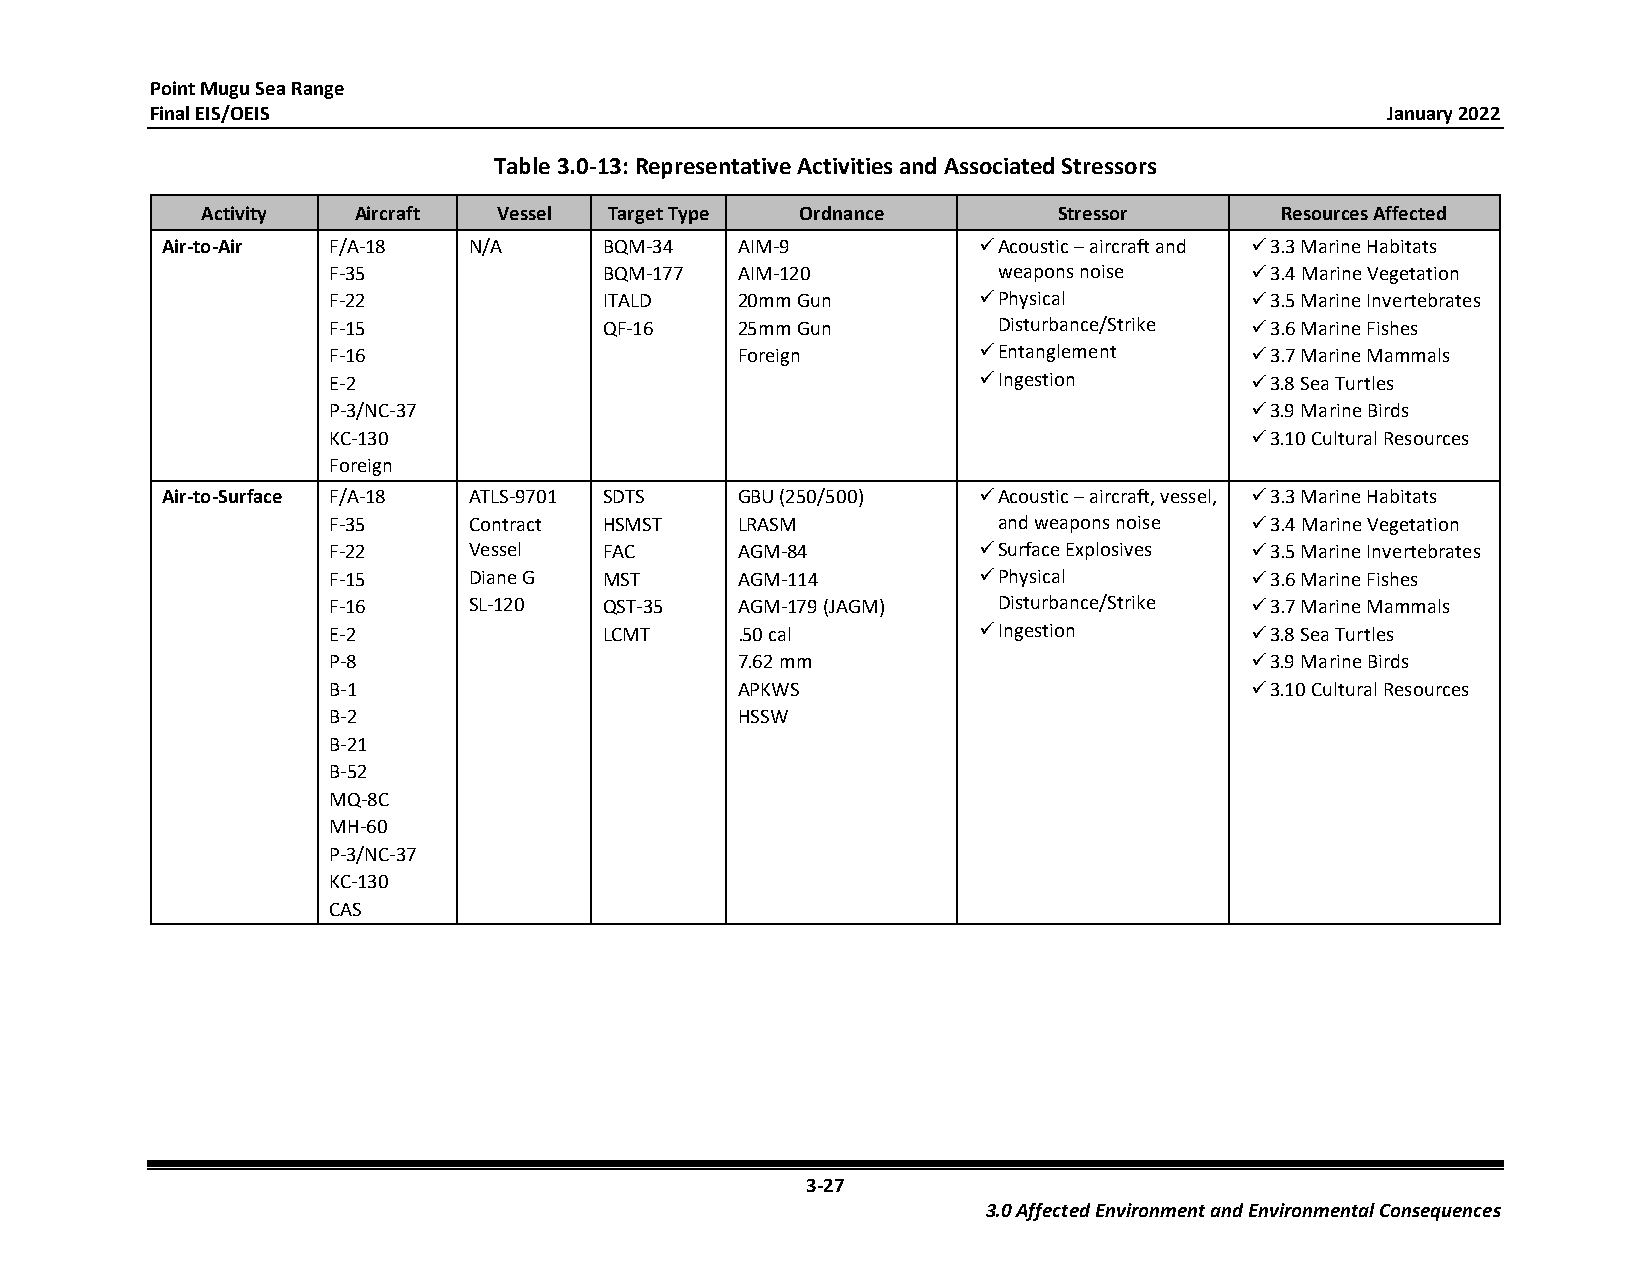
Point Mugu Sea Range
 Final EIS/OEIS                                                                    January 2022
 Table 3.0-13: Representative Activities and Associated Stressors
 Activity  Aircraft  Vessel Target Type  Ordnance         Stressor       Resources Affected
 Air-to-Air F/A-18   N/A      BQM-34   AIM-9            Acoustic – aircraft and  3.3 Marine Habitats
 F-35              BQM-177  AIM-120          weapons noise     3.4 Marine Vegetation
 F-22              ITALD    20mm Gun         Physical         3.5 Marine Invertebrates
 F-15              QF-16    25mm Gun         Disturbance/Strike  3.6 Marine Fishes
 F-16                       Foreign          Entanglement     3.7 Marine Mammals
 E-2                                         Ingestion        3.8 Sea Turtles
 P-3/NC-37                                                     3.9 Marine Birds
 KC-130                                                        3.10 Cultural Resources
 Foreign
 Air-to-Surface F/A-18 ATLS-9701 SDTS  GBU (250/500)    Acoustic – aircraft, vessel,  3.3 Marine Habitats
 F-35     Contract HSMST    LRASM            and weapons noise  3.4 Marine Vegetation
 F-22     Vessel   FAC      AGM-84           Surface Explosives  3.5 Marine Invertebrates
 F-15     Diane G  MST      AGM-114          Physical         3.6 Marine Fishes
 F-16     SL-120   QST-35   AGM-179 (JAGM)   Disturbance/Strike  3.7 Marine Mammals
 E-2               LCMT     .50 cal          Ingestion        3.8 Sea Turtles
 P-8                        7.62 mm                            3.9 Marine Birds
 B-1                        APKWS                              3.10 Cultural Resources
 B-2                        HSSW
 B-21
 B-52
 MQ-8C
 MH-60
 P-3/NC-37
 KC-130
 CAS
 3-27
 3.0 Affected Environment and Environmental Consequences